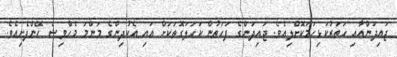
ޖައިދަންއާއި ހަތަރުކަޅިހަމަކޮށްލިއެވެ. ޖައިދަންގެ ފަހަތުން ކަހަލަގޮތަކަށް އައި އެކުދިންގެ މަންމަ މެހްވިޝް ހޭންފެށިއެވެ.